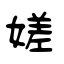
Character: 嫅